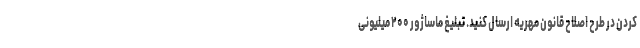
کردن در طرح اصلاح قانون مهریه ارسال کنید. تبلیغ ماساژور ۲۰۰ میلیونی